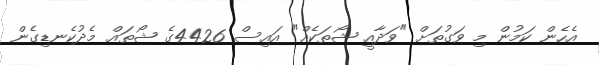
އެހެން ކަމުން މި ވަގުތަށް "ވަދާއީ ޝޯތަކެއް" އައިސް 4426ގެ ޝޯތައް މެދުކެނޑިގެން